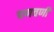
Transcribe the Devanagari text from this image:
चणचणी